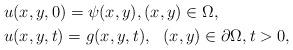
LaTeX: \begin{align*} & u(x,y,0)=\psi(x,y),(x,y)\in\Omega, \\ & u(x,y,t)=g(x,y,t), \ \ (x,y)\in\partial\Omega,t>0, \end{align*}